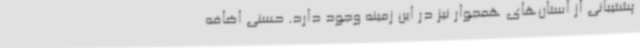
پشتیبانی از استان‌های همجوار نیز در این زمینه وجود دارد. حسنی اضافه